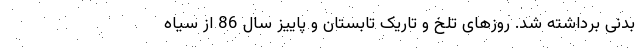
بدنی برداشته شد. روزهای تلخ و تاریک تابستان و پاییز سال 86 از سیاه